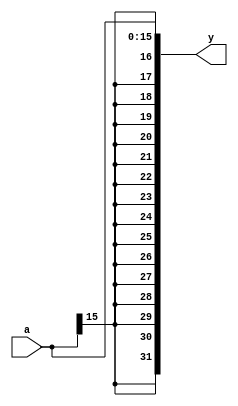
module M_SEXT_16(input [15:0] a, output [31:0] y);
    assign y = {{16{a[15]}}, a};
endmodule